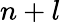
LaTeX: n+l